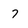
Character: 7